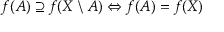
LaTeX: f ( A ) \supseteq f ( X \setminus A ) \Leftrightarrow f ( A ) = f ( X )